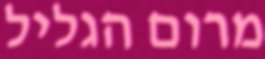
מרום הגליל